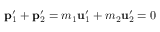
\mathbf { p } _ { 1 } ^ { \prime } + \mathbf { p } _ { 2 } ^ { \prime } = m _ { 1 } \mathbf { u } _ { 1 } ^ { \prime } + m _ { 2 } \mathbf { u } _ { 2 } ^ { \prime } = { \boldsymbol { 0 } }